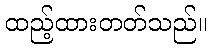
ထည့်ထားတတ်သည်။